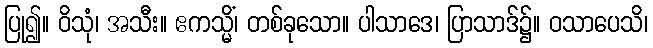
ပြု၍။ ဝိသုံ၊ အသီး။ ဧကသ္မိံ၊ တစ်ခုသော။ ပါသာဒေ၊ ပြာသာဒ်၌။ ဝသာပေသိ၊